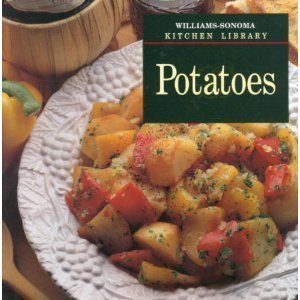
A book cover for Potatoes (Williams-Sonoma Kitchen Library); Diane Rossen Worthington; Cookbooks, Food & Wine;